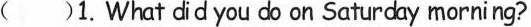
( )1. What did you do on Saturday morning?